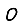
Digit: 0